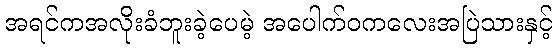
အရင်ကအလိုးခံဘူးခဲ့ပေမဲ့ အပေါက်ဝကလေးအပြဲသားနှင့်